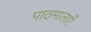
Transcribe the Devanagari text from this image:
पाठमालाएँ